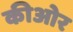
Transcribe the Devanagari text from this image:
कीओर